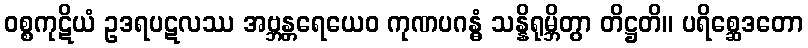
ဝစ္စကုဋိယံ ဥဒရပဋလဿ အဗ္ဘန္တရေယေဝ ကုဏပဂန္ဓံ သန္နိရုမ္ဘိတွာ တိဋ္ဌတိ။ ပရိစ္ဆေဒတော